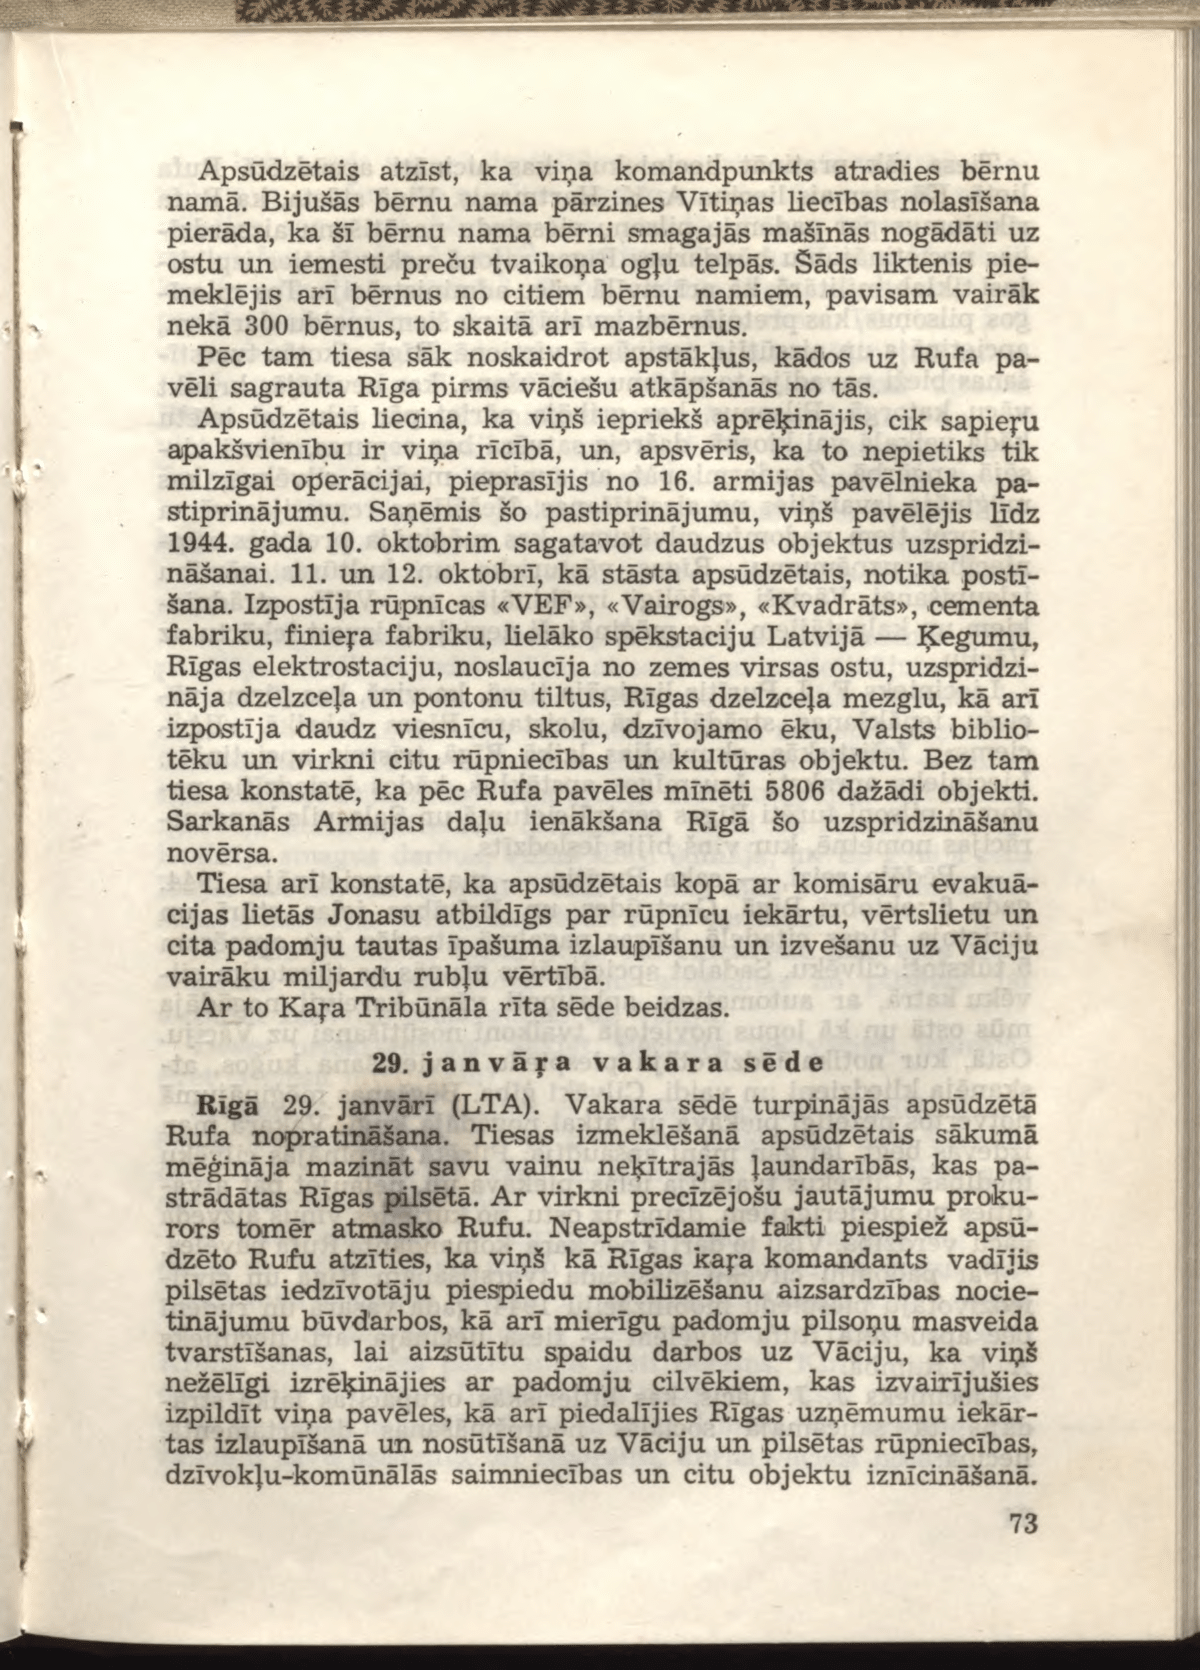
Language: lv